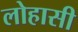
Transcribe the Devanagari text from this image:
लोहासी